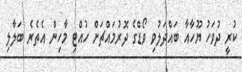
ކުރީ ދުވަހު ޔޫހާއާ ބައްދަލުވި ވޯޑްގެ ދޮރުމައްޗަށް ހުއްޓި މާހިން އެތެރެ ބަލާލި